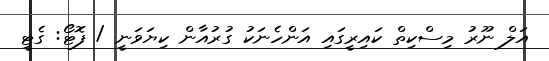
އަލް ނޫރު މިސްކިތް ކައިރީގައި އަންހެނަކު ގުރުއާން ކިޔަވަނީ / ފޮޓޯ: ގެޓީ